King Institute of Preventive Medicine Micro-Biological Section reports 1912-19
Year: 1912
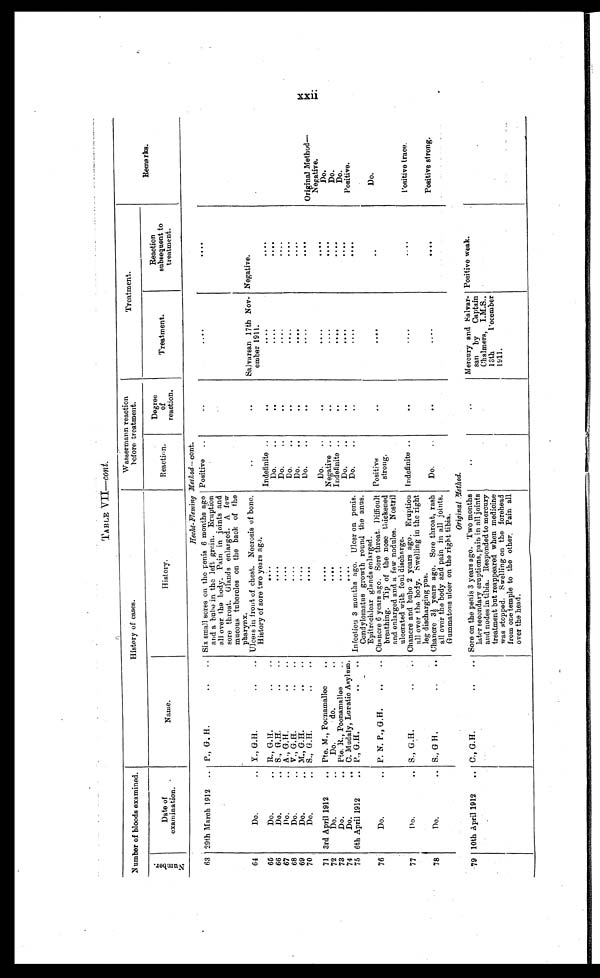
TABLE VII—cont.
Number of bloods examined.
History of eases.
Wassermann reaction
before treatment.
Treatment.
N u m b e r .
Date of
examination.
Name.
History.
Reaction.
Degree
of
reaction.
Treatment.
Reaction
subsequent to
treatment.
Remarks.
Hecht-Fleming Method— cont.
63 29th March 1912 . . . P., G. H. . . .
Six small sores on the penis 6 months ago
and a bubo in the left groin. Eruption
all over the body. Pain in joints and
sore throat. Glands enlarged. A few
mucous tubercles on the back of the
pharynx.
Positive . . .
. . .
. . .
. . .
64
Do. . . . Y., G.H. . . .
Ulcers in front of chest. Necrosis of bone.
History of sore two years ago).
. . .
. . .
Salvarsan 17th Nov-
ember 1911.
Negative.
65
Do. . . . R., G.H. . . .
. . . Indefinite . . .
. . .
. . .
. . .
66
Do. . . . S., G.H. . . .
. . .
Do. . . .
. . .
. . .
. . .
67
Do. . . . A., G.H. . . .
. . .
Do. . . .
. . .
. . .
. . .
68
Do. . . . V. G.H. . . .
. . .
Do. . . .
. . .
. . .
. . .
69
Do. . . . M., G.H. . . .
. . .
Do.. . .
. . .
. . .
. . .
70
Do. . . . S. G.H. . . .
. . .
Do. . . .
. . .
. . .
. . .
Original Method—Nagative.
71 3rd April 1912 . . . Pte. M., Poonamalle . . .
. . .
Do. . . .
. . .
. . .
. . .
72
Do. . . .
Do.
do. . . .
. . .
Negative. . . .
. . .
. . .
. . .
D o . . . .
73
Do. . . . Pte. R., Poonamallee . . .
. . .
Indefinite . . .
. . .
. . .
. . .
Do.
74
Do. . . . C. Mudaly, Lunatic Asylum . . .
. . .
Do. . . .
. . .
. . .
. . .
D o . .
75 6th April 1912 . . . P. G.H. . . . Infection 3 months ago. Ulcer on penis.
Condylomatus growth round the anus.
Epitrochlear glands enlarged.
Do. . . .
. . .
. . .
. . .
Positive.
76
Do. . . . P. N. P., G,H. . . . Chancre 6 years ago. Sore throat. Difficult
breathing. Tip of the nose thickened
and enlarged and. a few nodules. Nostril
ulcerated with foul discharge.
Positive
strong.
. . .
. . .
. . .
Do.
77
Do. . . . S . , G . H . . . . Chancre and bubo 2 years ago. Eruption
all over the body. Swelling in the right
leg discharging pus.
Indefinite . . .
. . .
. . .
. . .
'Positive trace.
78
Do. . . . S., G H. . . . Chancre 3½ y e a r s a g o .
S o r e t h r o a t , r a s h
all over the body and pain in all joints.
Gummatons ulcer on the right tibia.
Do. . . .
. . .
. . . .
. . . .
Positive strong.
Original M ethod.
7 9 10thApril 1912
. . . C. G.H. . . . Sore on the penis 3 years ago. Two months
later secondary eruptions, pain in all joints
and nodes in tibia. Responded to mercury
treatment but reappeared when medicine
was stopped. Swelling on the forehead
from one temple to the other. Pain all
over the head.
. . .
. . .
Mercury and Salvar-
san by
Captain
Chalmers, I.M.S.,
13th
December
1911.
Positive weak.
xxii